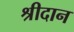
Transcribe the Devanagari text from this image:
श्रीदान